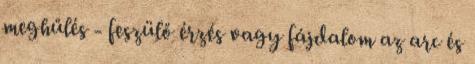
meghűlés - feszülő érzés vagy fájdalom az arc és